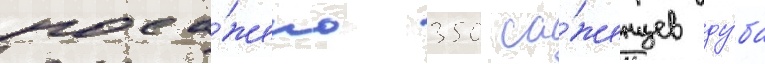
поса́жено 350 са́женцев ду́ба